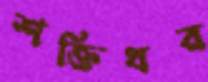
শক্তিধর